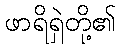
ဖာရိရှဲတို့၏